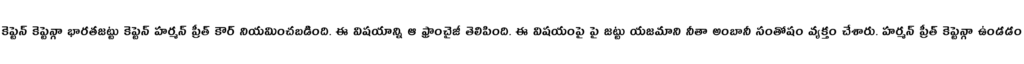
కెప్టెన్ కెప్టెన్గా భారతజట్టు కెప్టెన్ హర్మన్ ప్రీత్ కౌర్ నియమించబడింది. ఈ విషయాన్ని ఆ ఫ్రాంచైజీ తెలిపింది. ఈ విషయంపై పై జట్టు యజమాని నీతా అంబానీ సంతోషం వ్యక్తం చేశారు. హర్మన్ ప్రీత్ కెప్టెన్గా ఉండడం